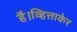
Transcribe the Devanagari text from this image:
है।व्हित्ताकेर